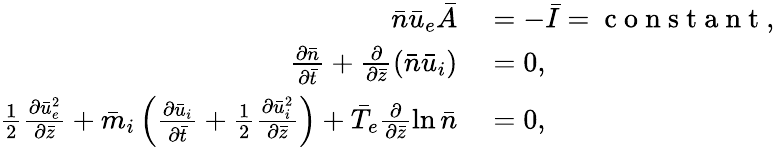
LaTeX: \begin{array}{rl}{\bar{n}\bar{u}_{e}\bar{A}}&{{}=-\bar{I}=\mathrm{~c~o~n~s~t~a~n~t~},}\\ {\frac{\partial\bar{n}}{\partial\bar{t}}+\frac{\partial}{\partial\bar{z}}(\bar{n}\bar{u}_{i})}&{{}=0,}\\ {\frac{1}{2}\frac{\partial\bar{u}_{e}^{2}}{\partial\bar{z}}+\bar{m}_{i}\left(\frac{\partial\bar{u}_{i}}{\partial\bar{t}}+\frac{1}{2}\frac{\partial\bar{u}_{i}^{2}}{\partial\bar{z}}\right)+\bar{T}_{e}\frac{\partial}{\partial\bar{z}}\ln\bar{n}}&{{}=0,}\end{array}